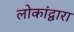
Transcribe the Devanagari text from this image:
लोकांद्वारा